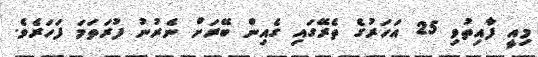
މިއީ ފާއިތުވި 25 އަހަރުގެ ތެރޭގައި ގެއިން ބޭރަށް ނެރުނު ފުރަތަމަ ފަހަރެވެ.